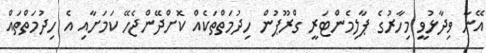
އޭނާ ވިދާޅުވީ މިހާރުގެ ޕާލިމެންޓަރީ ގްރޫޕުން ހިދުމަތްތަކެއް ކޮށްދޭންޖެހޭ ކަމަށާއި އެ ހިދުމަތްތައް